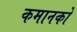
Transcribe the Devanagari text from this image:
कमानको